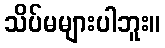
သိပ်မများပါဘူး။